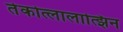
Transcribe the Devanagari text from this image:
तेकोत्लालात्झिन